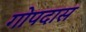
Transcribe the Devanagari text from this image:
गोपदास